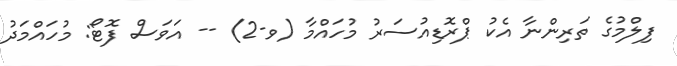
ފިލްމުގެ ތަރިންނާ އެކު ޕްރޮޑިއުސަރު މުހައްމާ (ވ-2) -- އަވަސް ފޮޓޯ: މުހައްމަދު